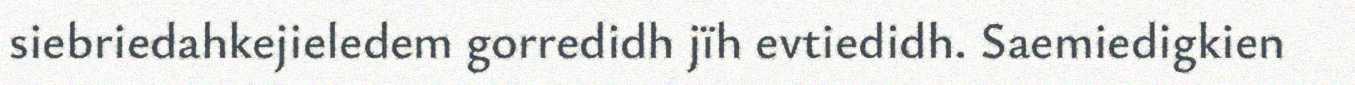
siebriedahkejieledem gorredidh jïh evtiedidh. Saemiedigkien